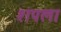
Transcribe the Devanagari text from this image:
शपला